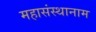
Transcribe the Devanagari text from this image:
महासंस्थानाम